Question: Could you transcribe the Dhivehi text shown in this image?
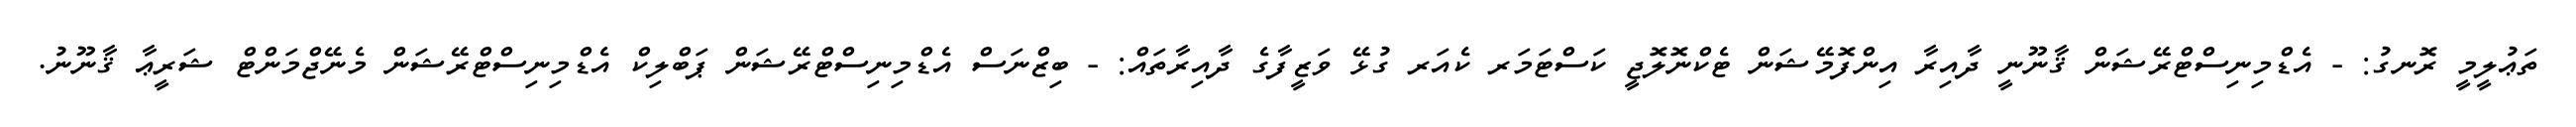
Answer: ތަޢުލީމީ ރޮނގު: - އެޑްމިނިސްޓްރޭޝަން ޤާނޫނީ ދާއިރާ އިންފޮމޭޝަން ޓެކްނޮލޮޖީ ކަސްޓަމަރ ކެއަރ ގުޅޭ ވަޒީފާގެ ދާއިރާތައް: - ބިޒްނަސް އެޑްމިނިސްޓްރޭޝަން ޕަބްލިކް އެޑްމިނިސްޓްރޭޝަން މެނޭޖްމަންޓް ޝަރީޢާ ޤާނޫނު.